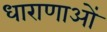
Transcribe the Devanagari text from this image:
धाराणाओं